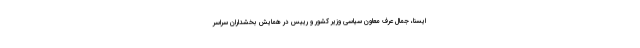
ایسنا، جمال عرف معاون سیاسی وزیر کشور و رییس در همایش بخشداران سراسر